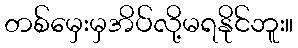
တစ်မှေးမှအိပ်လို့မရနိုင်ဘူး။